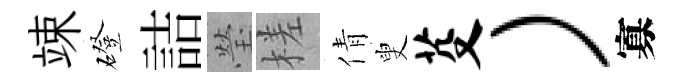
竦磴詰瑩槎倩叟芟）寡